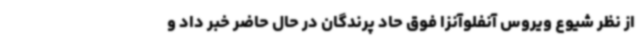
از نظر شیوع ویروس آنفلوآنزا فوق حاد پرندگان در حال حاضر خبر داد و